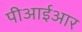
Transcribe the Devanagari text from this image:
पीआईआर